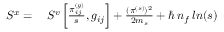
\begin{array} { r l } { S ^ { x } = } & { { } \, S ^ { v } \left[ \frac { \pi _ { i j } ^ { ( g ) } } { s } , g _ { i j } \right] + \frac { ( \pi ^ { ( s ) } ) ^ { 2 } } { 2 m _ { s } } + \hbar \, n _ { f } \, l n ( s ) } \end{array}